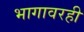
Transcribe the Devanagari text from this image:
भागावरही